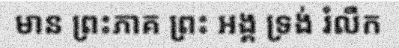
មាន ព្រះភាគ ព្រះ អង្គ ទ្រង់ រំលឹក